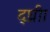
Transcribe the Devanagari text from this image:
द्घ्रीा